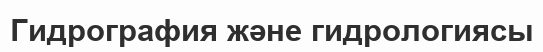
Гидрография және гидрологиясы